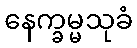
နေက္ခမ္မသုခံ